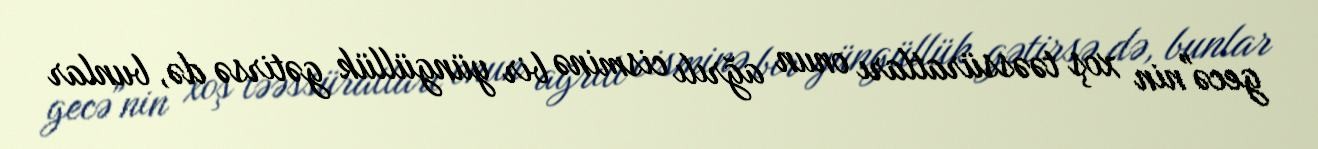
gecə"nin xoş təəssüratları onun ağrılı cisminə bir yüngüllük gətirsə də, bunlar